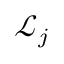
{ \mathcal { L } } _ { j }